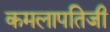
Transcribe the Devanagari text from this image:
कमलापतिजी